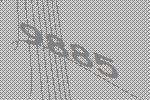
9885